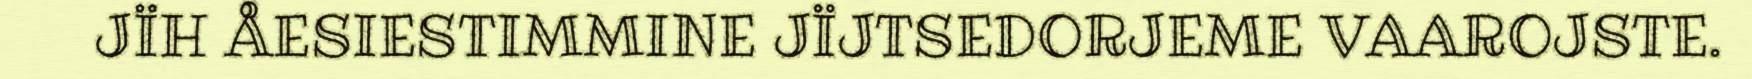
JÏH ÅESIESTIMMINE JÏJTSEDORJEME VAAROJSTE.